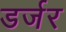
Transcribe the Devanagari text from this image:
डर्जर